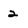
Character: 2